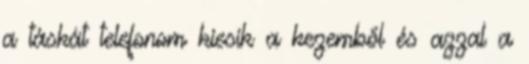
a táskát telefonom kiesik a kezemből és azzal a